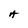
Character: A